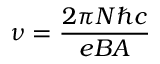
\nu = { \frac { 2 \pi N \hbar c } { e B A } }